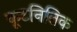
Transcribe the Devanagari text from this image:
कूटनितिक